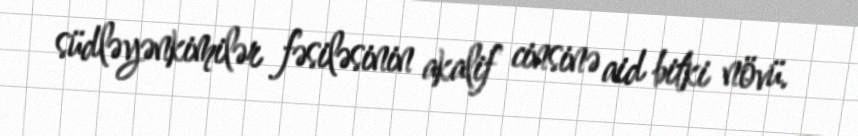
südləyənkimilər fəsiləsinin akalif cinsinə aid bitki növü.